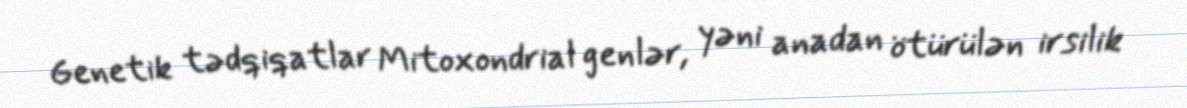
Genetik tədqiqatlar Mitoxondrial genlər, yəni anadan ötürülən irsilik